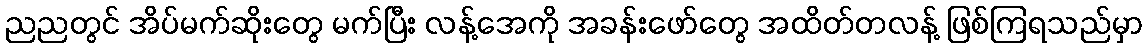
ညညတွင် အိပ်မက်ဆိုးတွေ မက်ပြီး လန့်အေကို အခန်းဖော်တွေ အထိတ်တလန့် ဖြစ်ကြရသည်မှာ